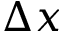
\Delta x